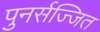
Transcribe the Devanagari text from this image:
पुनर्सज्जित